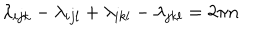
\lambda _ { i j k } - \lambda _ { i j l } + \lambda _ { i k l } - \lambda _ { j k l } = 2 \pi n \nonumber